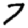
Digit: 7